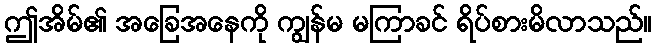
ဤအိမ်၏ အခြေအနေကို ကျွန်မ မကြာခင် ရိပ်စားမိလာသည်။